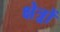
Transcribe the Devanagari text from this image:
क्षेत्र्रों